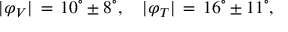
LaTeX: \vert \varphi _ { V } \vert \, = \, 1 0 ^ { \circ } \pm 8 ^ { \circ } , ~ ~ ~ \vert \varphi _ { T } \vert \, = \, 1 6 ^ { \circ } \pm 1 1 ^ { \circ } ,